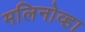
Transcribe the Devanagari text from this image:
मलिनोव्हा